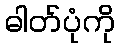
ဓါတ်ပုံကို